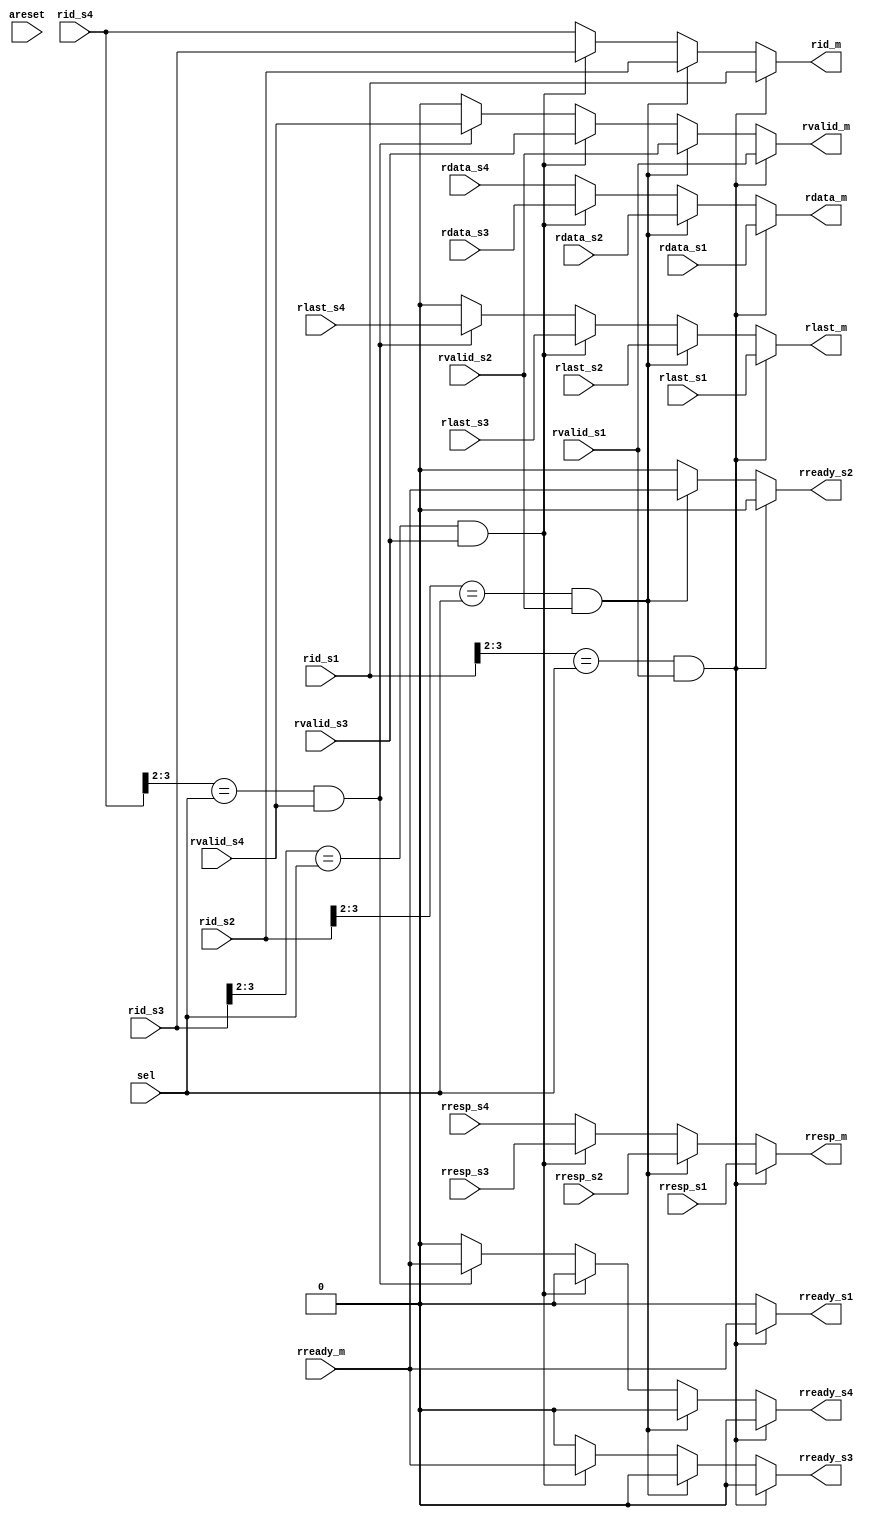
module rdata_mux_m4(
input            areset,

// master
output    [3:0]  rid_m,
output   [31:0]  rdata_m,
output           rlast_m,
output    [1:0]  rresp_m,
output           rvalid_m,
input            rready_m,

// slave 1
input     [3:0]  rid_s1,
input    [31:0]  rdata_s1,
input            rlast_s1,
input     [1:0]  rresp_s1,
input            rvalid_s1,
output           rready_s1,

// slave 2
input     [3:0]  rid_s2,
input    [31:0]  rdata_s2,
input            rlast_s2,
input     [1:0]  rresp_s2,	
input            rvalid_s2,
output           rready_s2,

// slave 3
input     [3:0]  rid_s3,
input    [31:0]  rdata_s3,
input            rlast_s3,
input     [1:0]  rresp_s3,
input            rvalid_s3,
output           rready_s3,

// slave 4
input     [3:0]  rid_s4,
input    [31:0]  rdata_s4,
input            rlast_s4,
input     [1:0]  rresp_s4,
input            rvalid_s4,
output           rready_s4,

// select
input     [1:0]  sel
);


// rdata mux
assign rid_m     = ((rid_s1[3:2]==sel)&rvalid_s1) ? rid_s1[3:0] : ((rid_s2[3:2]==sel)&rvalid_s2) ? rid_s2[3:0] : ((rid_s3[3:2]==sel)&rvalid_s3) ? rid_s3[3:0] : rid_s4[3:0];
assign rdata_m   = ((rid_s1[3:2]==sel)&rvalid_s1) ? rdata_s1 : ((rid_s2[3:2]==sel)&rvalid_s2) ? rdata_s2 : ((rid_s3[3:2]==sel)&rvalid_s3) ? rdata_s3 : rdata_s4;
assign rresp_m   = ((rid_s1[3:2]==sel)&rvalid_s1) ? rresp_s1 : ((rid_s2[3:2]==sel)&rvalid_s2) ? rresp_s2 : ((rid_s3[3:2]==sel)&rvalid_s3) ? rresp_s3 : rresp_s4;
assign rlast_m   = ((rid_s1[3:2]==sel)&rvalid_s1) ? rlast_s1 : ((rid_s2[3:2]==sel)&rvalid_s2) ? rlast_s2 : ((rid_s3[3:2]==sel)&rvalid_s3) ? rlast_s3 : ((rid_s4[3:2]==sel)&rvalid_s4) ? rlast_s4 : 1'b0;
assign rvalid_m  = ((rid_s1[3:2]==sel)&rvalid_s1) ? rvalid_s1 : ((rid_s2[3:2]==sel)&rvalid_s2) ? rvalid_s2 : ((rid_s3[3:2]==sel)&rvalid_s3) ? rvalid_s3 : ((rid_s4[3:2]==sel)&rvalid_s4) ? rvalid_s4 : 1'b0;

// aasign ready singal
assign rready_s1 = ((rid_s1[3:2]==sel)&rvalid_s1) ? rready_m : ((rid_s2[3:2]==sel)&rvalid_s2) ? 1'b0 : ((rid_s3[3:2]==sel)&rvalid_s3) ? 1'b0 : ((rid_s4[3:2]==sel)&rvalid_s4) ? 1'b0 : 1'b0;
assign rready_s2 = ((rid_s1[3:2]==sel)&rvalid_s1) ? 1'b0 : ((rid_s2[3:2]==sel)&rvalid_s2) ? rready_m : ((rid_s3[3:2]==sel)&rvalid_s3) ? 1'b0 : ((rid_s4[3:2]==sel)&rvalid_s4) ? 1'b0 : 1'b0;
assign rready_s3 = ((rid_s1[3:2]==sel)&rvalid_s1) ? 1'b0 : ((rid_s2[3:2]==sel)&rvalid_s2) ? 1'b0 : ((rid_s3[3:2]==sel)&rvalid_s3) ? rready_m : ((rid_s4[3:2]==sel)&rvalid_s4) ? 1'b0 : 1'b0;
assign rready_s4 = ((rid_s1[3:2]==sel)&rvalid_s1) ? 1'b0 : ((rid_s2[3:2]==sel)&rvalid_s2) ? 1'b0 : ((rid_s3[3:2]==sel)&rvalid_s3) ? 1'b0 : ((rid_s4[3:2]==sel)&rvalid_s4) ? rready_m : 1'b0;

endmodule